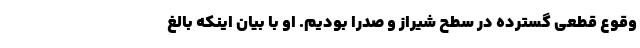
وقوع قطعی گسترده در سطح شیراز و صدرا بودیم. او با بیان اینکه بالغ